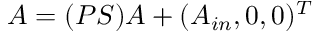
A = ( P S ) A + ( A _ { i n } , 0 , 0 ) ^ { T }